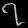
Digit: ၇